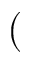
(